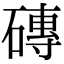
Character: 磚